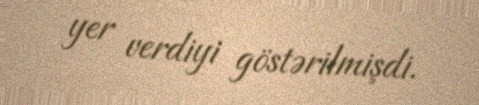
yer verdiyi göstərilmişdi.